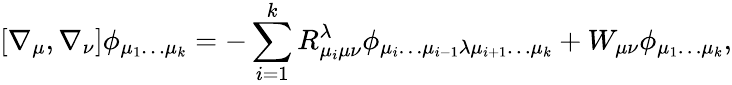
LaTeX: [\nabla_{\mu},\nabla_{\nu}]\phi_{\mu_{1}\dots\mu_{k}}=-\sum_{i=1}^{k}R_{\mu_{i}\mu\nu}^{\lambda}\phi_{\mu_{i}\dots\mu_{i-1}\lambda\mu_{i+1}\dots\mu_{k}}+W_{\mu\nu}\phi_{\mu_{1}\dots\mu_{k}},